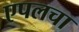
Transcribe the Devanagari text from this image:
एपलचा